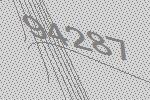
94287